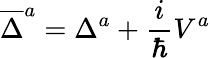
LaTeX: \overline{{{\Delta}}}^{a}=\Delta^{a}+\frac i\hbar V^{a}